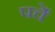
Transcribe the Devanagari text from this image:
पर्चें